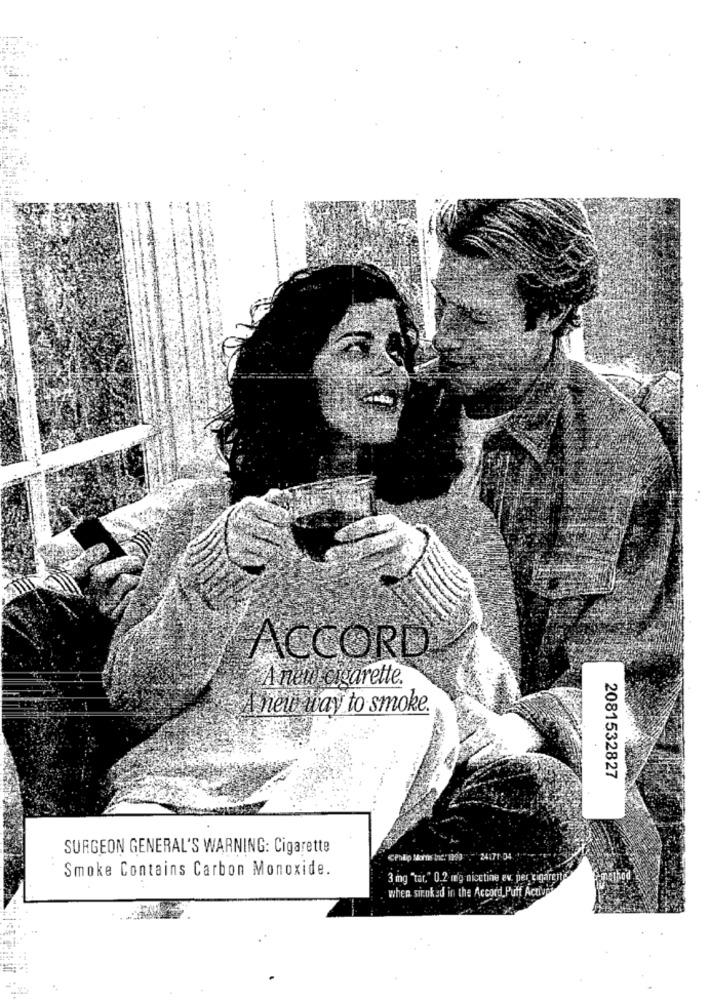
ACCORD
A neuf cigarette.
Iher way to smoke.
2081532827
SURGEON GENERAL'S WARNING: Cigarette
Philip Martis Ine: 1999"" 24171-04
Smoke Contains Carbon Monoxide.
3 mg "tar." 0.2 rg nicctine av. per cigarette"
emethod
when sinuked in the Accord, Puff Actives